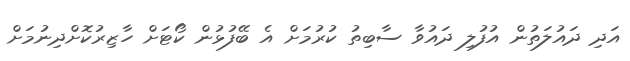
އަދި ދައުލަތުން އުފުލި ދައުވާ ސާބިތު ކުރުމަށް އެ ބޭފުޅުން ކޯޓަށް ހާޒިރުކޮށްދިނުމަށް